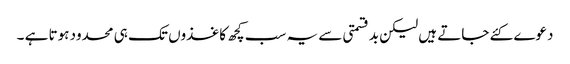
دعوے کئے جاتے ہیں لیکن بدقسمتی سے یہ سب کچھ کاغذوں تک ہی محدود ہوتا ہے ۔